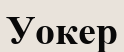
Уокер